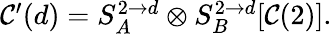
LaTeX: \begin{array}{r}{\mathcal{C}^{\prime}(d)=S_{A}^{2\to d}\otimes S_{B}^{2\to d}[\mathcal{C}(2)].}\end{array}